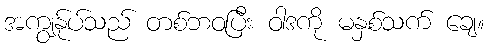
အကျွန်ုပ်သည် တစ်ဘဝပြီး ဝါဒကို မနှစ်သက် ချေ။